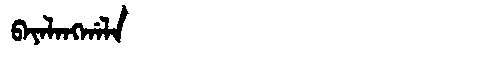
Manchu: ᠪᠠᠶᠠᠯᠠᠩᡤᠠᠯᠠ
Romanization: BAYALANGGALA